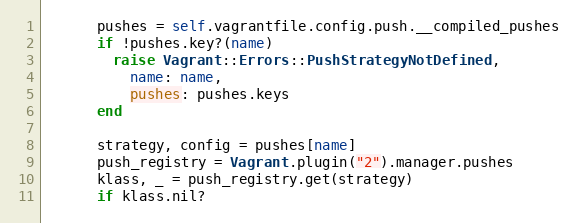
Language: Ruby
      pushes = self.vagrantfile.config.push.__compiled_pushes
      if !pushes.key?(name)
        raise Vagrant::Errors::PushStrategyNotDefined,
          name: name,
          pushes: pushes.keys
      end

      strategy, config = pushes[name]
      push_registry = Vagrant.plugin("2").manager.pushes
      klass, _ = push_registry.get(strategy)
      if klass.nil?